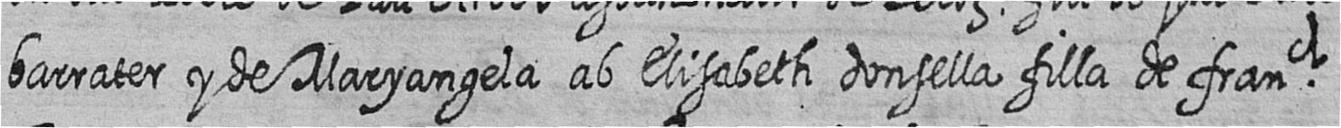
barrater y de Maryangela ab Elisabeth donsella filla de franch